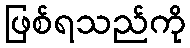
ဖြစ်ရသည်ကို